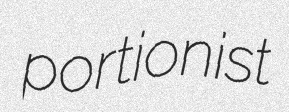
portionist